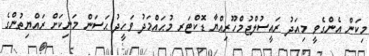
މިކަން އެންގެވީ މިއަދު ރައީސުލްޖުމްހޫރިއްޔާ ޑޮކްޓަރ މުޙައްމަދު ވަހީދު ޙަސަން މަނިކަށް ރައްޔިތުންގެ